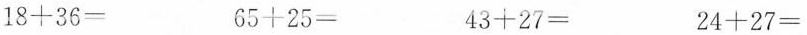
$$1 8 + 3 6 =$$ $$6 5 + 2 5 =$$ $$4 3 + 2 7 =$$ $$2 4 + 2 7 =$$